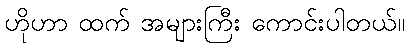
ဟိုဟာ ထက် အများကြီး ကောင်းပါတယ်။